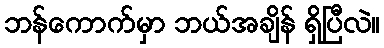
ဘန်ကောက်မှာ ဘယ်အချိန် ရှိပြီလဲ။